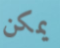
يمكن